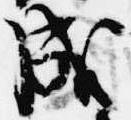
成